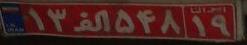
۱۳ا۵۴۸۱۹